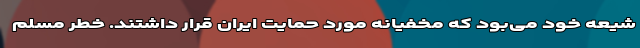
شیعه خود می‌بود که مخفیانه مورد حمایت ایران قرار داشتند. خطر مسلم